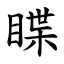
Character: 䁋